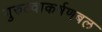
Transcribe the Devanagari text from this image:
गुरुत्वाकर्षणबल